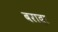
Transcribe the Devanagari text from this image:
बरादा